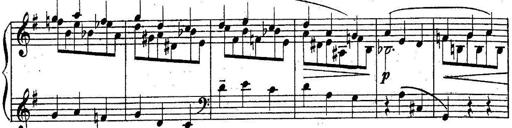
Title: Sonatine
Composer: Adrian Shaposhnikov
Key: E minor